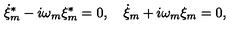
\dot { \xi } _ { m } ^ { \ast } - i \omega _ { m } \xi _ { m } ^ { \ast } = 0 , \quad \dot { \xi } _ { m } + i \omega _ { m } \xi _ { m } = 0 ,